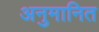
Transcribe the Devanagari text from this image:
अनुमानित